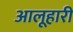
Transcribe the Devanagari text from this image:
आलूहारी